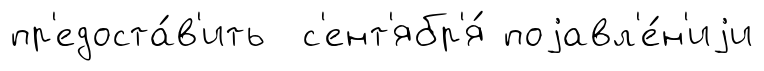
пр'едоста́в'ить с'ент'ябр'я́ поjавл'е́н'иjи